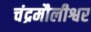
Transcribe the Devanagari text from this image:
चंद्रमौलीश्वर